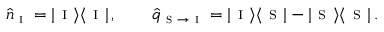
\hat { n } _ { \textsc { i } } = | \textsc { i } \rangle \langle \textsc { i } | \, , \qquad \hat { q } _ { \textsc { s } \to \textsc { i } } = | \textsc { i } \rangle \langle \textsc { s } | - | \textsc { s } \rangle \langle \textsc { s } | \, .